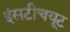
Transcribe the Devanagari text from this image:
इंसटीचयूट